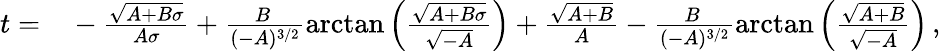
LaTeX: \begin{array}{rl}{t=}&{{}-\frac{\sqrt{A+B\sigma}}{A\sigma}+\frac{B\, }{(-A)^{3/2}}\mathrm{arctan}\left(\frac{\sqrt{A+B\sigma}}{\sqrt{-A}}\right)+\frac{\sqrt{A+B}}{A}-\frac{B\, }{(-A)^{3/2}}\mathrm{arctan}\left(\frac{\sqrt{A+B}}{\sqrt{-A}}\right)\, ,}\end{array}